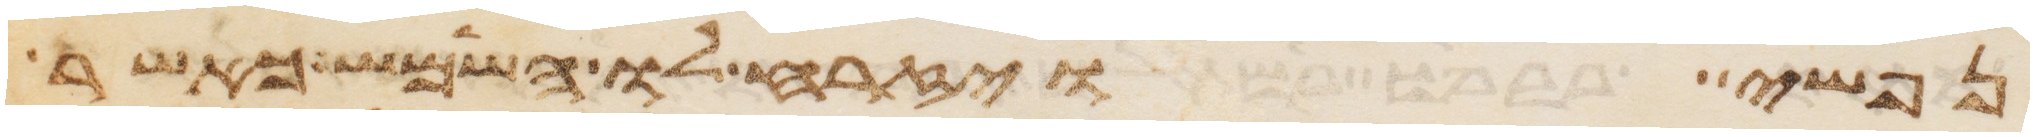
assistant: נפשי ויזרח לו השמש כאשר